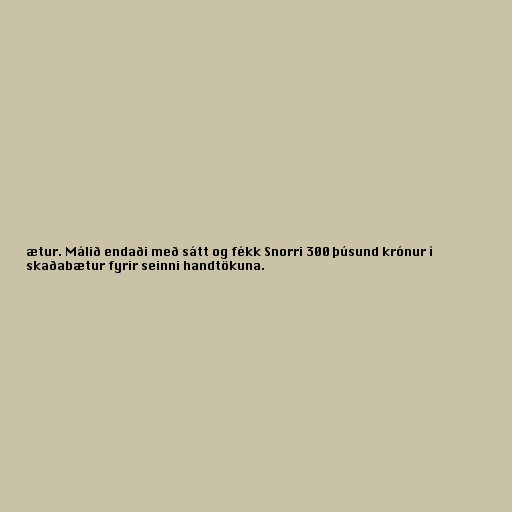
ætur. Málið endaði með sátt og fékk Snorri 300 þúsund krónur í
skaðabætur fyrir seinni handtökuna.